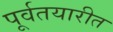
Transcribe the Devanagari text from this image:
पूर्वतयारीत